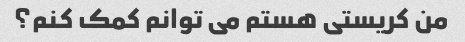
من کریستی هستم می توانم کمک کنم؟